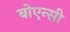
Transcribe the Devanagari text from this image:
बोएन्सी